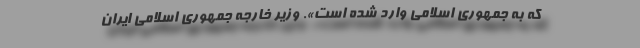
که به جمهوری اسلامی وارد شده است». وزیر خارجه جمهوری اسلامی ایران